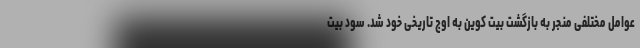
عوامل مختلفی منجر به بازگشت بیت کوین به اوج تاریخی خود شد. سود بیت